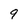
Character: 9